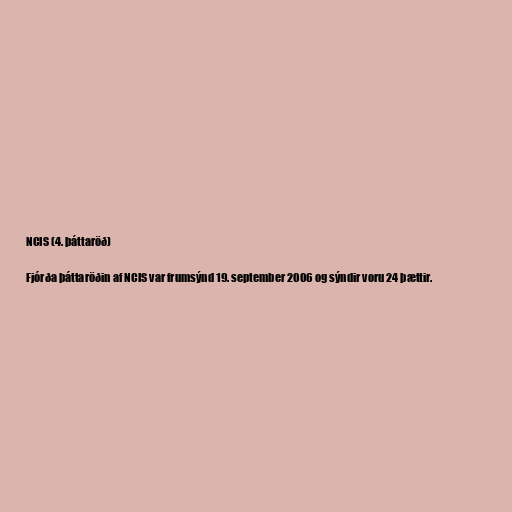
NCIS (4. þáttaröð)

Fjórða þáttaröðin af NCIS var frumsýnd 19. september 2006 og sýndir voru 24 þættir.